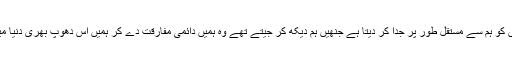
فرشتہ ء اجل ان چارہ گروں اور مسیحا صفت لوگوں کو ہم سے مستقل طور پر جدا کر دیتا ہے جنھیں ہم دیکھ کر جیتے تھے وہ ہمیں دائمی مفارقت دے کر ہمیں اس دھوپ بھری دنیا میں بے یار و مدد گار چھوڑ کر کر چلے جاتے ہیں۔